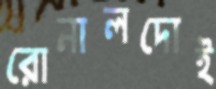
রোনালদোই